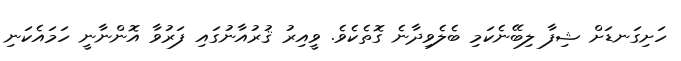
ހަށިގަނޑަށް ޝިފާ ލިބޭނެކަމި ބެލެވިދާނެ ގޮތެކެވެ. ވީއިރު ޤުރުއާނުގައި ފަރުވާ އޮންނާނީ ހަމައެކަނި